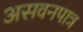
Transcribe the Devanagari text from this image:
असवनपात्र